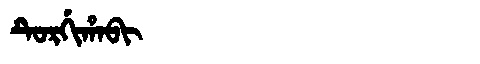
Manchu: ᡨᡠᡵᡤᡳᡥᠠᠪᡳ
Romanization: TURGIHABI